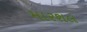
મારશલ